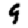
Digit: 9